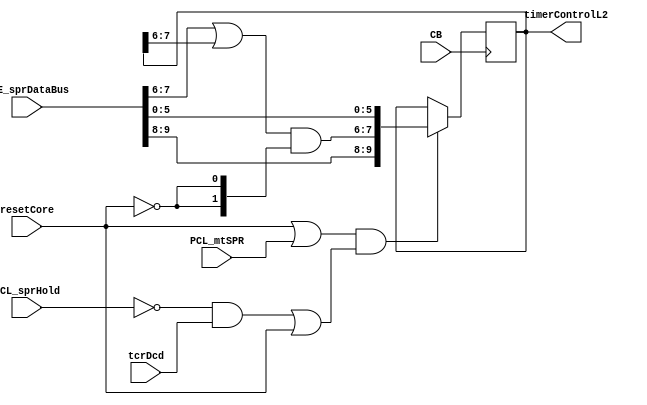
// 
// ************************************************************************** 
// 
//  Copyright (c) International Business Machines Corporation, 2005. 
// 
//  This file contains trade secrets and other proprietary and confidential 
//  information of International Business Machines Corporation which are 
//  protected by copyright and other intellectual property rights and shall 
//  not be reproduced, transferred to other documents, disclosed to others, 
//  or used for any purpose except as specifically authorized in writing by 
//  International Business Machines Corporation. This notice must be 
//  contained as part of this text at all times. 
// 
// ************************************************************************** 
//

module p405s_timerControl(  
                     timerControlL2, 
	            	     CB, 
		                 EXE_sprDataBus, 
		                 PCL_mtSPR,
                     PCL_sprHold, 
		                 resetCore,
                     tcrDcd 
		                 );


output [0:9]  timerControlL2;
input  PCL_mtSPR; 
input  PCL_sprHold; 
input  resetCore; 
input  tcrDcd;
input CB;
input [0:9]  EXE_sprDataBus;

// Buses in the design

wire  [0:9]  timerControlIn;
wire timerControlE1;
wire timerControlE2;
reg [0:9] timerControlL2_i;
wire [0:9] timerControlL2;

assign timerControlL2 = timerControlL2_i;

// Removed the module timerControlEqs 
assign timerControlIn[0:1] = EXE_sprDataBus[0:1];
assign timerControlIn[2:3] = (EXE_sprDataBus[2:3] | timerControlL2_i[2:3]) &
			                        {2{~resetCore}};
assign timerControlIn[4:9] = EXE_sprDataBus[4:9];

assign timerControlE1 = resetCore | PCL_mtSPR;

assign timerControlE2 = (~PCL_sprHold & tcrDcd) | resetCore;
// Removed the module dp_regTIM_timerControl 
   always @(posedge CB)  	
    begin				  	
    if (timerControlE1 && timerControlE2)		
      timerControlL2_i[0:9] <= timerControlIn[0:9];		
   end			 		

endmodule